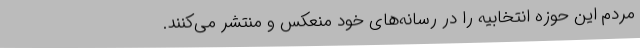
مردم این حوزه انتخابیه را در رسانه‌های خود منعکس و منتشر می‌کنند.